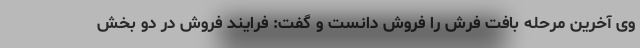
وی آخرین مرحله بافت فرش را فروش دانست و گفت: فرایند فروش در دو بخش